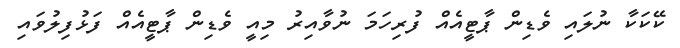
ކޭކަކާ ނުލައި ވެޑިން ޕާޓީއެއް ފުރިހަމަ ނުވާއިރު މިއީ ވެޑިން ޕާޓީއެއް ފަޅުފިލުވައި